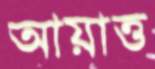
আয়াত্ত